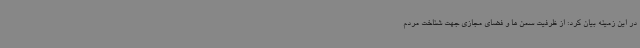
در این زمینه بیان کرد: از ظرفیت سمن ها و فضای مجازی جهت شناخت مردم